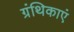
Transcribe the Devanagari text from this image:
ग्रंथिकाएं